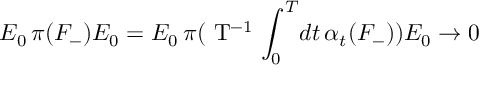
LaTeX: E _ { 0 } \, \pi ( { F } _ { - } ) E _ { 0 } = E _ { 0 } \, \pi ( \mathrm { ~ T ^ { - 1 } ~ } \! \int _ { 0 } ^ { T } \! d t \, \alpha _ { t } ( F _ { - } ) ) E _ { 0 } \rightarrow 0